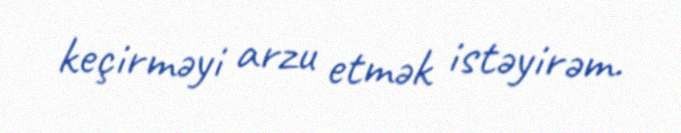
keçirməyi arzu etmək istəyirəm.